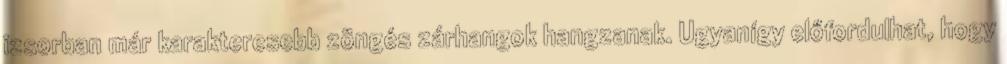
izsorban már karakteresebb zöngés zárhangok hangzanak. Ugyanígy előfordulhat, hogy